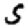
Digit: 5